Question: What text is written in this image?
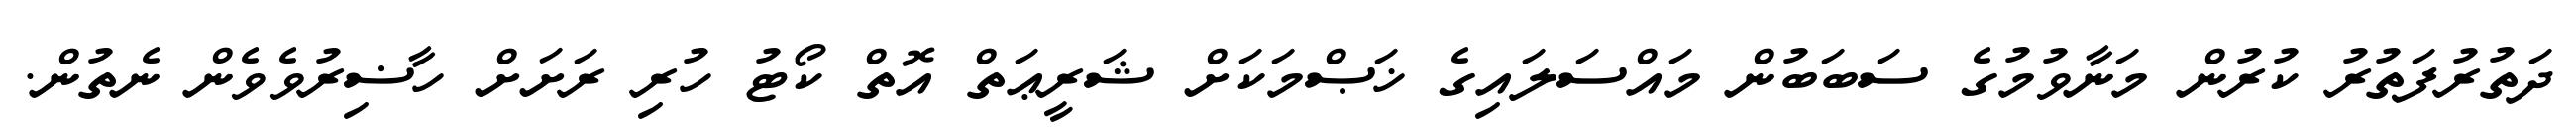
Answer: ދަތުރުފަތުރު ކުރުން މަނާވުމުގެ ސަބަބުން މައްސަލައިގެ ޚަޞްމަކަށް ޝަރީޢަތް އޮތް ކޯޓު ހުރި ރަށަށް ހާޟިރުވެވެން ނެތުން.